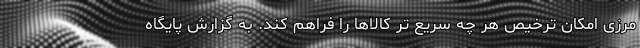
مرزی امکان ترخیص هر چه سریع تر کالاها را فراهم کند. به گزارش پایگاه